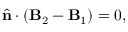
\hat { \mathbf { n } } \cdot ( \mathbf { B } _ { 2 } - \mathbf { B } _ { 1 } ) = 0 ,